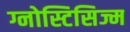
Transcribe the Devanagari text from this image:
ग्नोस्टिसिज्म